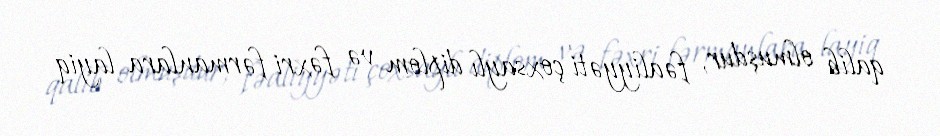
qalib olmuşdur, fəaliyyəti çoxsaylı diplom və fəxri fərmanlara layiq